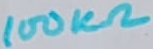
Text: 100KΩ